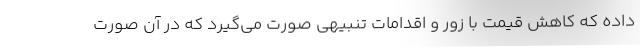
داده که کاهش قیمت با زور و اقدامات تنبیهی صورت می‌گیرد که در آن صورت